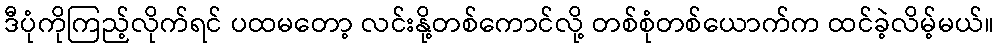
ဒီပုံကိုကြည့်လိုက်ရင် ပထမတော့ လင်းနို့တစ်ကောင်လို့ တစ်စုံတစ်ယောက်က ထင်ခဲ့လိမ့်မယ်။